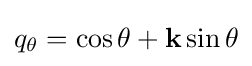
q_{\theta }=\cos \theta +\mathbf {k} \sin \theta